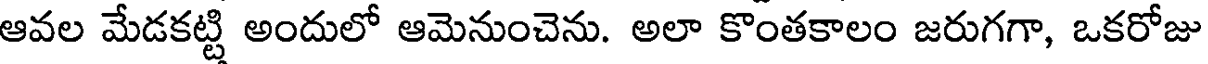
ఆవల మేడకట్టి అందులో ఆమెనుంచెను. అలా కొంతకాలం జరుగగా, ఒకరోజు